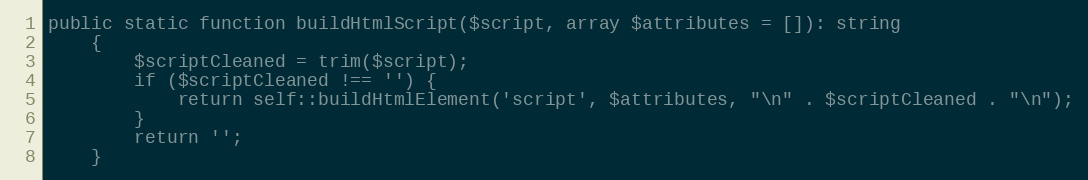
Language: PHP
public static function buildHtmlScript($script, array $attributes = []): string
    {
        $scriptCleaned = trim($script);
        if ($scriptCleaned !== '') {
            return self::buildHtmlElement('script', $attributes, "\n" . $scriptCleaned . "\n");
        }
        return '';
    }